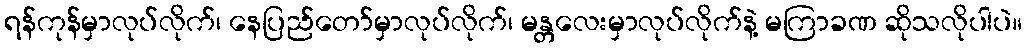
ရန်ကုန်မှာလုပ်လိုက်၊ နေပြည်တော်မှာလုပ်လိုက်၊ မန္တလေးမှာလုပ်လိုက်နဲ့ မကြာခဏ ဆိုသလိုပါပဲ။